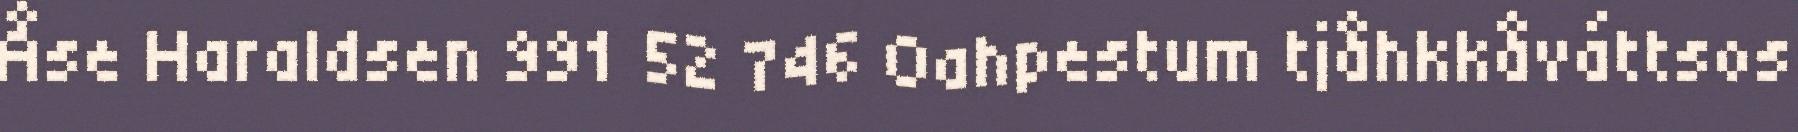
Åse Haraldsen 991 52 746 Oahpestum tjåhkkåváttsos